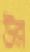
উন্ন